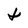
Character: t